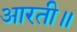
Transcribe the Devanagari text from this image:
आरती॥